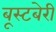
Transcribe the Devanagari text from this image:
बूस्टबेरी